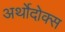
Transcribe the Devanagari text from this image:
अर्थोदोक्स